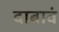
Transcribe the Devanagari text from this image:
दाबावं